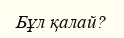
Бұл қалай?